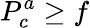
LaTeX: P_{c}^{a}\ge f